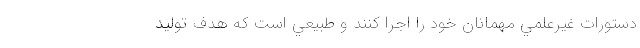
دستورات غيرعلمي مهمانان خود را اجرا كنند و طبيعي است كه هدف توليد